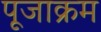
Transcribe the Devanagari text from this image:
पूजाक्रम